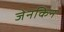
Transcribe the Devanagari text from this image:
जेनकिन